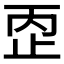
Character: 𰙠